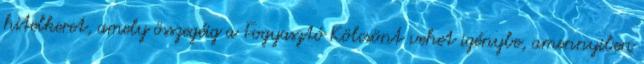
hitelkeret, amely összegéig a Fogyasztó Kölcsönt vehet igénybe, amennyiben